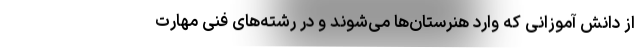
از دانش آموزانی که وارد هنرستان‌ها می‌شوند و در رشته‌های فنی مهارت